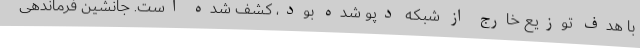
با هدف توزیع خارج از شبکه دپو شده بود، کشف شده است. جانشین فرماندهی